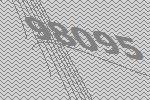
98095